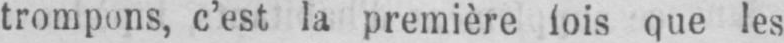
que les